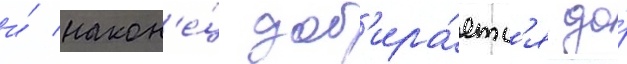
и́ након'е́ц доб'ира́етс'я до́